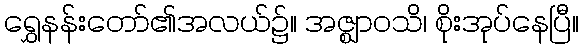
ရွှေနန်းတော်၏အလယ်၌။ အဇ္ဈာဝသိ၊ စိုးအုပ်နေပြီ။